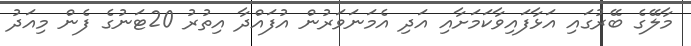
މާލޭގެ ބޭރުގައި އަޅާފައިވާކަމަށާއި އަދި އެމަނަވަރުން އުފައްދާ އިތުރު 20ޓަނުގެ ފެން މިއަދު